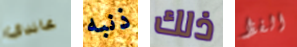
غاندي ذنبه ذلك الفظ